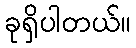
ခုရှိပါတယ်။